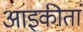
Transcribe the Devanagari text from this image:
आइकीतां